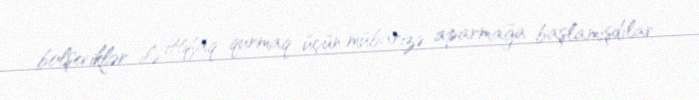
bolşeviklər ilə ittifaq qurmaq üçün mübarizə aparmağa başlamışdılar.